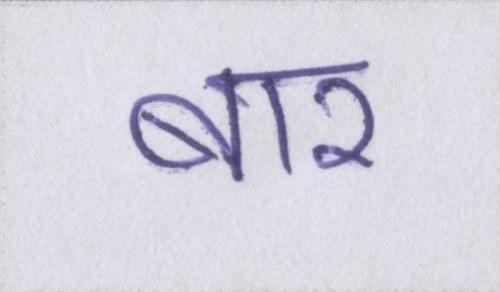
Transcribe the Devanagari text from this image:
बार